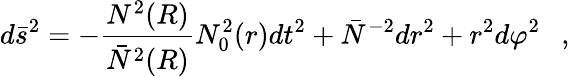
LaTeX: d\bar{s}^{2}=-{\frac{N^{2}(R)}{\bar{N}^{2}(R)}}N_{0}^{2}(r)dt^{2}+\bar{N}^{-2}dr^{2}+r^{2}d\varphi^{2}~~~,